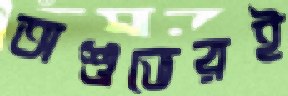
অশুভেরই